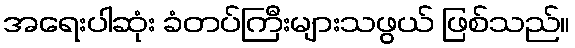
အရေးပါဆုံး ခံတပ်ကြီးများသဖွယ် ဖြစ်သည်။